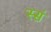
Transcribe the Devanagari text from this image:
स्सं